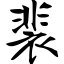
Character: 裴